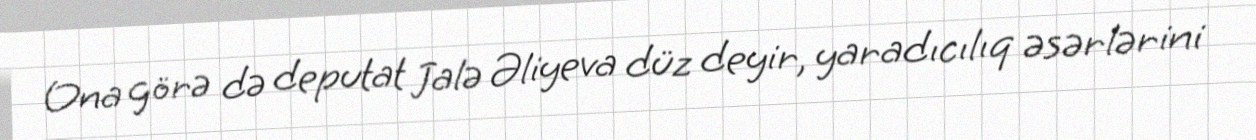
Ona görə də deputat Jalə Əliyeva düz deyir, yaradıcılıq əsərlərini